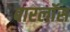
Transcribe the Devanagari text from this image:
बारलॉस